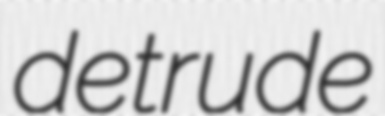
detrude